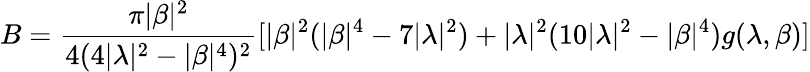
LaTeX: B=\frac{\pi|\beta|^{2}}{4(4|\lambda|^{2}-|\beta|^{4})^{2}}[|\beta|^{2}(|\beta|^{4}-7|\lambda|^{2})+|\lambda|^{2}(10|\lambda|^{2}-|\beta|^{4})g(\lambda,\beta)]